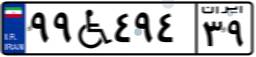
۰۹W۴۳۹۶۸